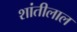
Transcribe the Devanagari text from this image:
शांतीलाल